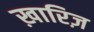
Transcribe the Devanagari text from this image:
ख़ारिज़